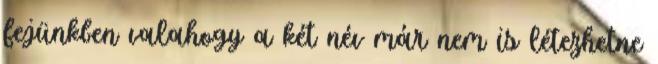
fejünkben valahogy a két név már nem is létezhetne